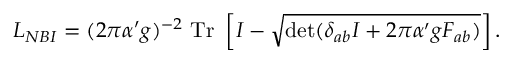
{ \cal L } _ { N B I } = ( 2 \pi \alpha ^ { \prime } g ) ^ { - 2 } ~ \mathrm { T r } ~ \left[ { \cal I } - \sqrt { \operatorname * { d e t } ( \delta _ { a b } { \cal I } + 2 \pi \alpha ^ { \prime } g F _ { a b } ) } \right] .